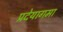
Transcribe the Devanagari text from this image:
प्रदेयागमा